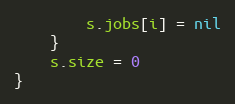
Language: Go
		s.jobs[i] = nil
	}
	s.size = 0
}